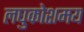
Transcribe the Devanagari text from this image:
लघुकोशमय